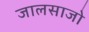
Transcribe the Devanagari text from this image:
जालसाजो